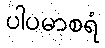
ပါပမာစရံ